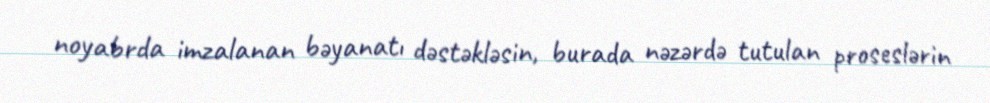
noyabrda imzalanan bəyanatı dəstəkləsin, burada nəzərdə tutulan proseslərin